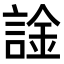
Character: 𫍀